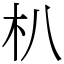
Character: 朳